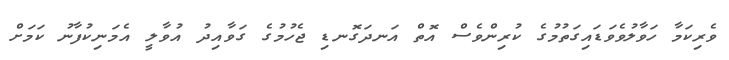
ވެރިކަމާ ހަވާލުވެވަޑައިގަތުމުގެ ކުރިންވެސް އޮތް އަނދަގޮނޑި ޖެހުމުގެ ގަވާއިދު އުވާލީ އެމަނިކުފާނު ކަމަށް